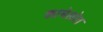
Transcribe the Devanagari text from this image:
कामेलोत